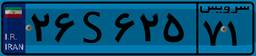
۲۶S۶۲۵۷۱